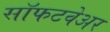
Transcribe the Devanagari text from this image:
सॉफटवेअर